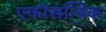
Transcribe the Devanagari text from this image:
एकोसन्त्रिक